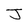
Character: J